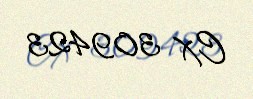
CX 309423